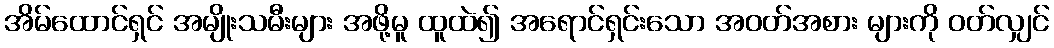
အိမ်ထောင်ရှင် အမျိုးသမီးများ အဖို့မူ ထူထဲ၍ အရောင်ရှင်းသော အဝတ်အစား များကို ဝတ်လျှင်